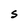
Character: S